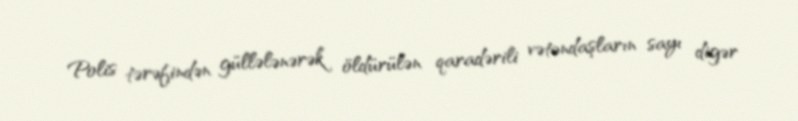
Polis tərəfindən güllələnərək öldürülən qaradərili vətəndaşların sayı digər